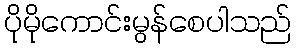
ပိုမိုကောင်းမွန်စေပါသည်